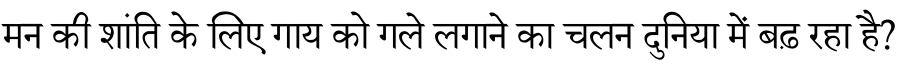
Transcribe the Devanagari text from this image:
मन की शांति के लिए गाय को गले लगाने का चलन दुनिया में बढ़ रहा है?